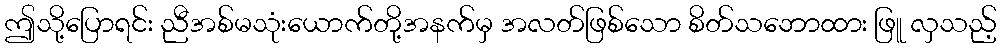
ဤသို့ပြောရင်း ညီအစ်မသုံးယောက်တို့အနက်မှ အလတ်ဖြစ်သော စိတ်သဘောထား ဖြူ လှသည့်